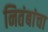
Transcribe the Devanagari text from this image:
नितंबांचा